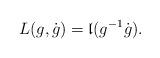
LaTeX: \begin{align*}L (g, \dot{g}) = {\mathfrak l}(g^{-1}\dot{g}).\end{align*}